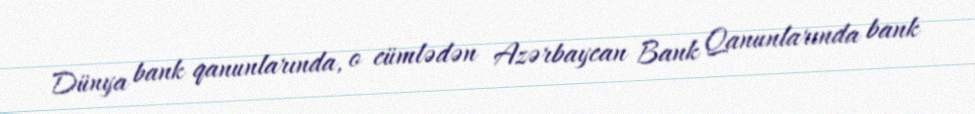
Dünya bank qanunlarında, o cümlədən Azərbaycan Bank Qanunlarında bank